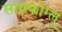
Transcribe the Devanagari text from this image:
साराफोग्लू